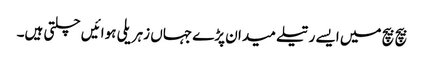
بیچ بیچ میں ایسے رتیلے میدان پڑے جہاں زہریلی ہوائیں چلتی ہیں۔